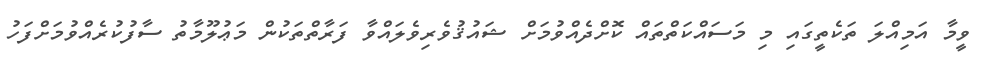
ވީމާ އަމިއްލަ ތަކެތީގައި މި މަސައްކަތްތައް ކޮށްދެއްވުމަށް ޝައުޤުވެރިވެލައްވާ ފަރާތްތަކުން މަޢުލޫމާތު ސާފުކުރެއްވުމަށްފަހު